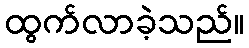
ထွက်လာခဲ့သည်။